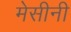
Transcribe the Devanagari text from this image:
मेसीनी